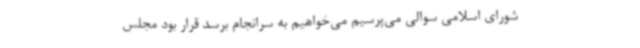
شورای اسلامی سوالی می‌پرسیم می‌خواهیم به سرانجام برسد قرار بود مجلس